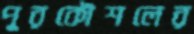
পুরকৌশলের